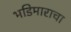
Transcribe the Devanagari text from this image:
भडिमाराचा